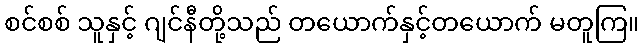
စင်စစ် သူနှင့် ဂျင်နီတို့သည် တယောက်နှင့်တယောက် မတူကြ။